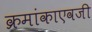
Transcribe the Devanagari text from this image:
क्रमांकाएवजी